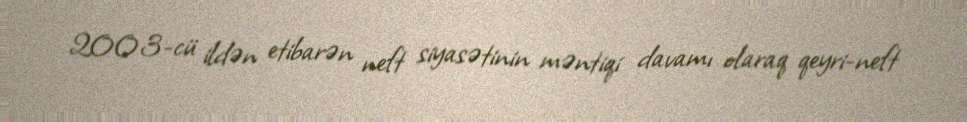
2003-cü ildən etibarən neft siyasətinin məntiqi davamı olaraq qeyri-neft